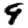
Digit: 9